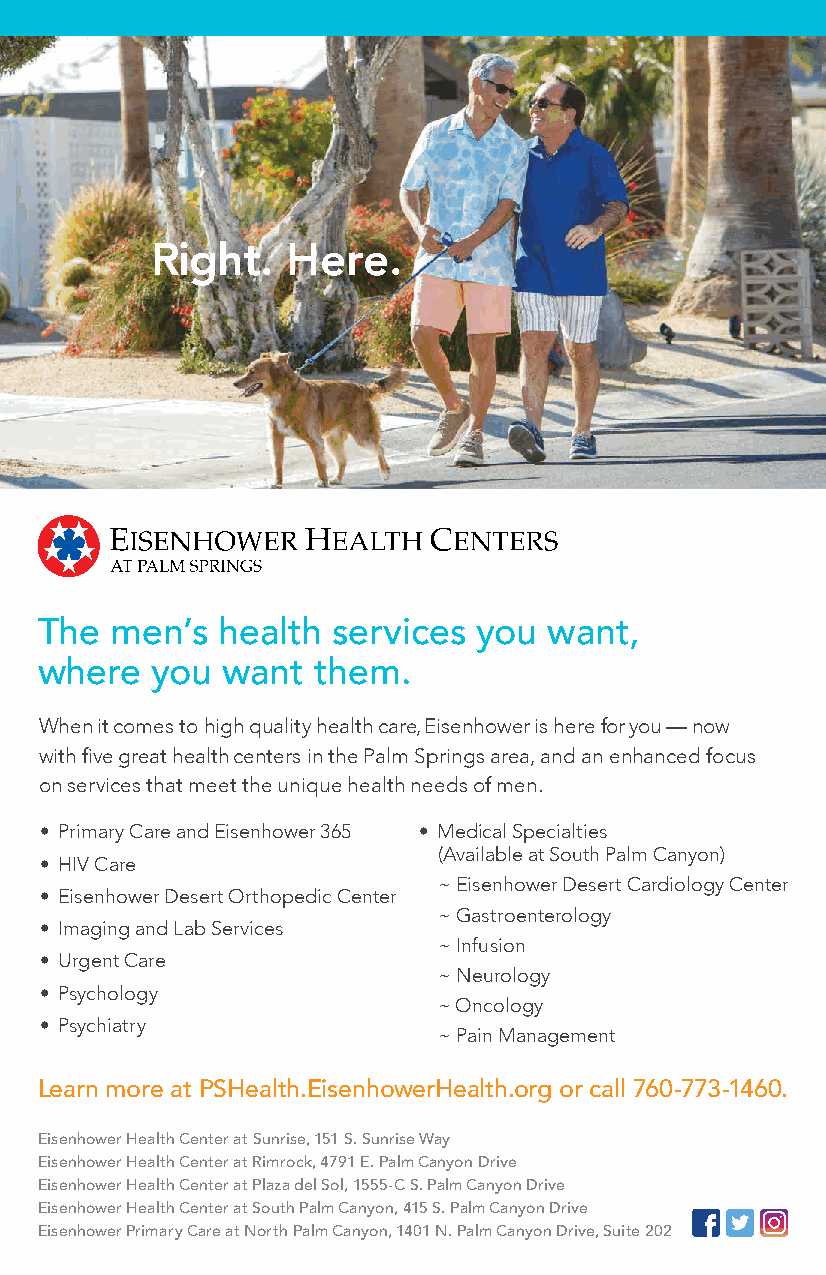
Right.   Here.
 The  men’s  health  services  you want,
 where   you  want  them.
 When it comes to high quality health care, Eisenhower is here for you — now
 with fi ve great health centers in the Palm Springs area, and an enhanced focus
 on services that meet the unique health needs of men.
 • Primary Care and Eisenhower 365 • Medical Specialties
 (Available at South Palm Canyon)
 • HIV Care
 ~ Eisenhower Desert Cardiology Center
 • Eisenhower Desert Orthopedic Center
 ~ Gastroenterology
 • Imaging and Lab Services
 ~ Infusion
 • Urgent Care
 ~ Neurology
 • Psychology
 ~ Oncology
 • Psychiatry
 ~ Pain Management
 Learn more at PSHealth.EisenhowerHealth.org or call 760-773-1460.
 Eisenhower Health Center at Sunrise, 151 S. Sunrise Way
 Eisenhower Health Center at Rimrock, 4791 E. Palm Canyon Drive
 Eisenhower Health Center at Plaza del Sol, 1555-C S. Palm Canyon Drive
 Eisenhower Health Center at South Palm Canyon, 415 S. Palm Canyon Drive
 Eisenhower Primary Care at North Palm Canyon, 1401 N. Palm Canyon Drive, Suite 202
 Palm Springs Gay Men’s Chorus | SPARKLE TWINKLE JINGLE! 37